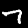
Digit: 7